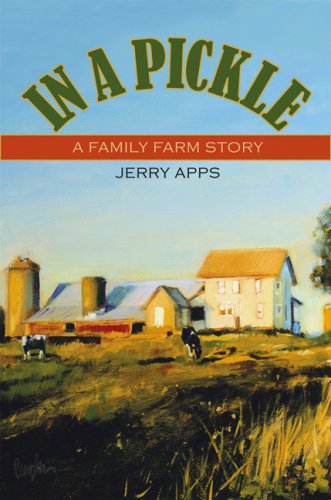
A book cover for In a Pickle: A Family Farm Story; Jerry Apps; Science & Math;